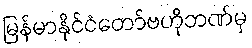
မြန်မာနိုင်ငံတော်ဗဟိုဘဏ်မှ